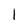
Character: 1